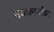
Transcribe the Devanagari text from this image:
नवफ्रायडिन